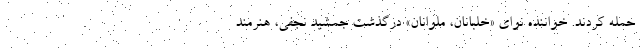
حمله کردند. خواننده نوای «خلبانان، ملوانان» درگذشت جمشید نجفی، هنرمند